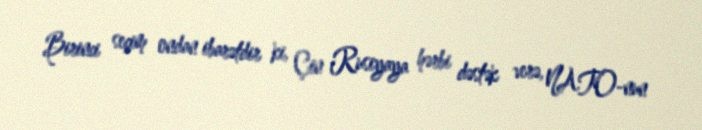
Birinci seçim ondan ibarətdir ki, Çin Rusiyaya hərbi dəstək verə, NATO-nun